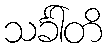
သင်္ခါတိ